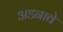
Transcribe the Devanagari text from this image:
अडनावे